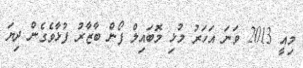
މިއީ 2013 ވަނަ އަހަރު މުޅި މޮބައިލް ފޯން ބާޒާރު ފުޅާވެގެން ދިޔަ